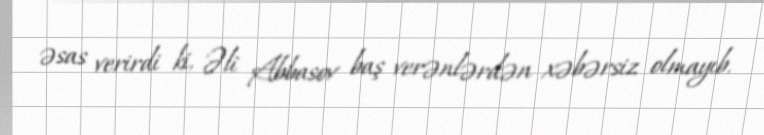
əsas verirdi ki, Əli Abbasov baş verənlərdən xəbərsiz olmayıb.